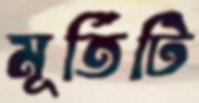
মূর্তিটি